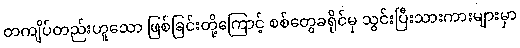
တကျိပ်တည်းဟူသော ဖြစ်ခြင်းတို့ကြောင့် စစ်တွေခရိုင်မှ သွင်းပြီးသားကားများမှာ